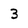
Character: 3